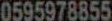
0595978855